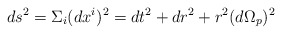
\begin{align*}ds^{2}={\Sigma}_{i}(dx^{i})^{2}=dt^{2}+dr^{2}+r^{2}(d{\Omega}_{p})^{2}\end{align*}